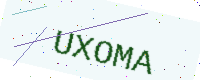
Text: UXOMA